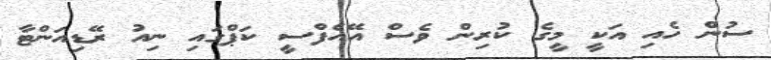
ސުން ހެއި އަކީ މީގެ ކުރިން ވެސް އޭއެފްސީ ކަޕްގައި ނިއު ރޭޑިއަންޓާ